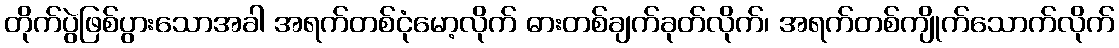
တိုက်ပွဲဖြစ်ပွားသောအခါ အရက်တစ်ငုံမော့လိုက် ဓားတစ်ချက်ခုတ်လိုက်၊ အရက်တစ်ကျိုက်သောက်လိုက်